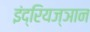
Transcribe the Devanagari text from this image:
इंद्रियज्ञान